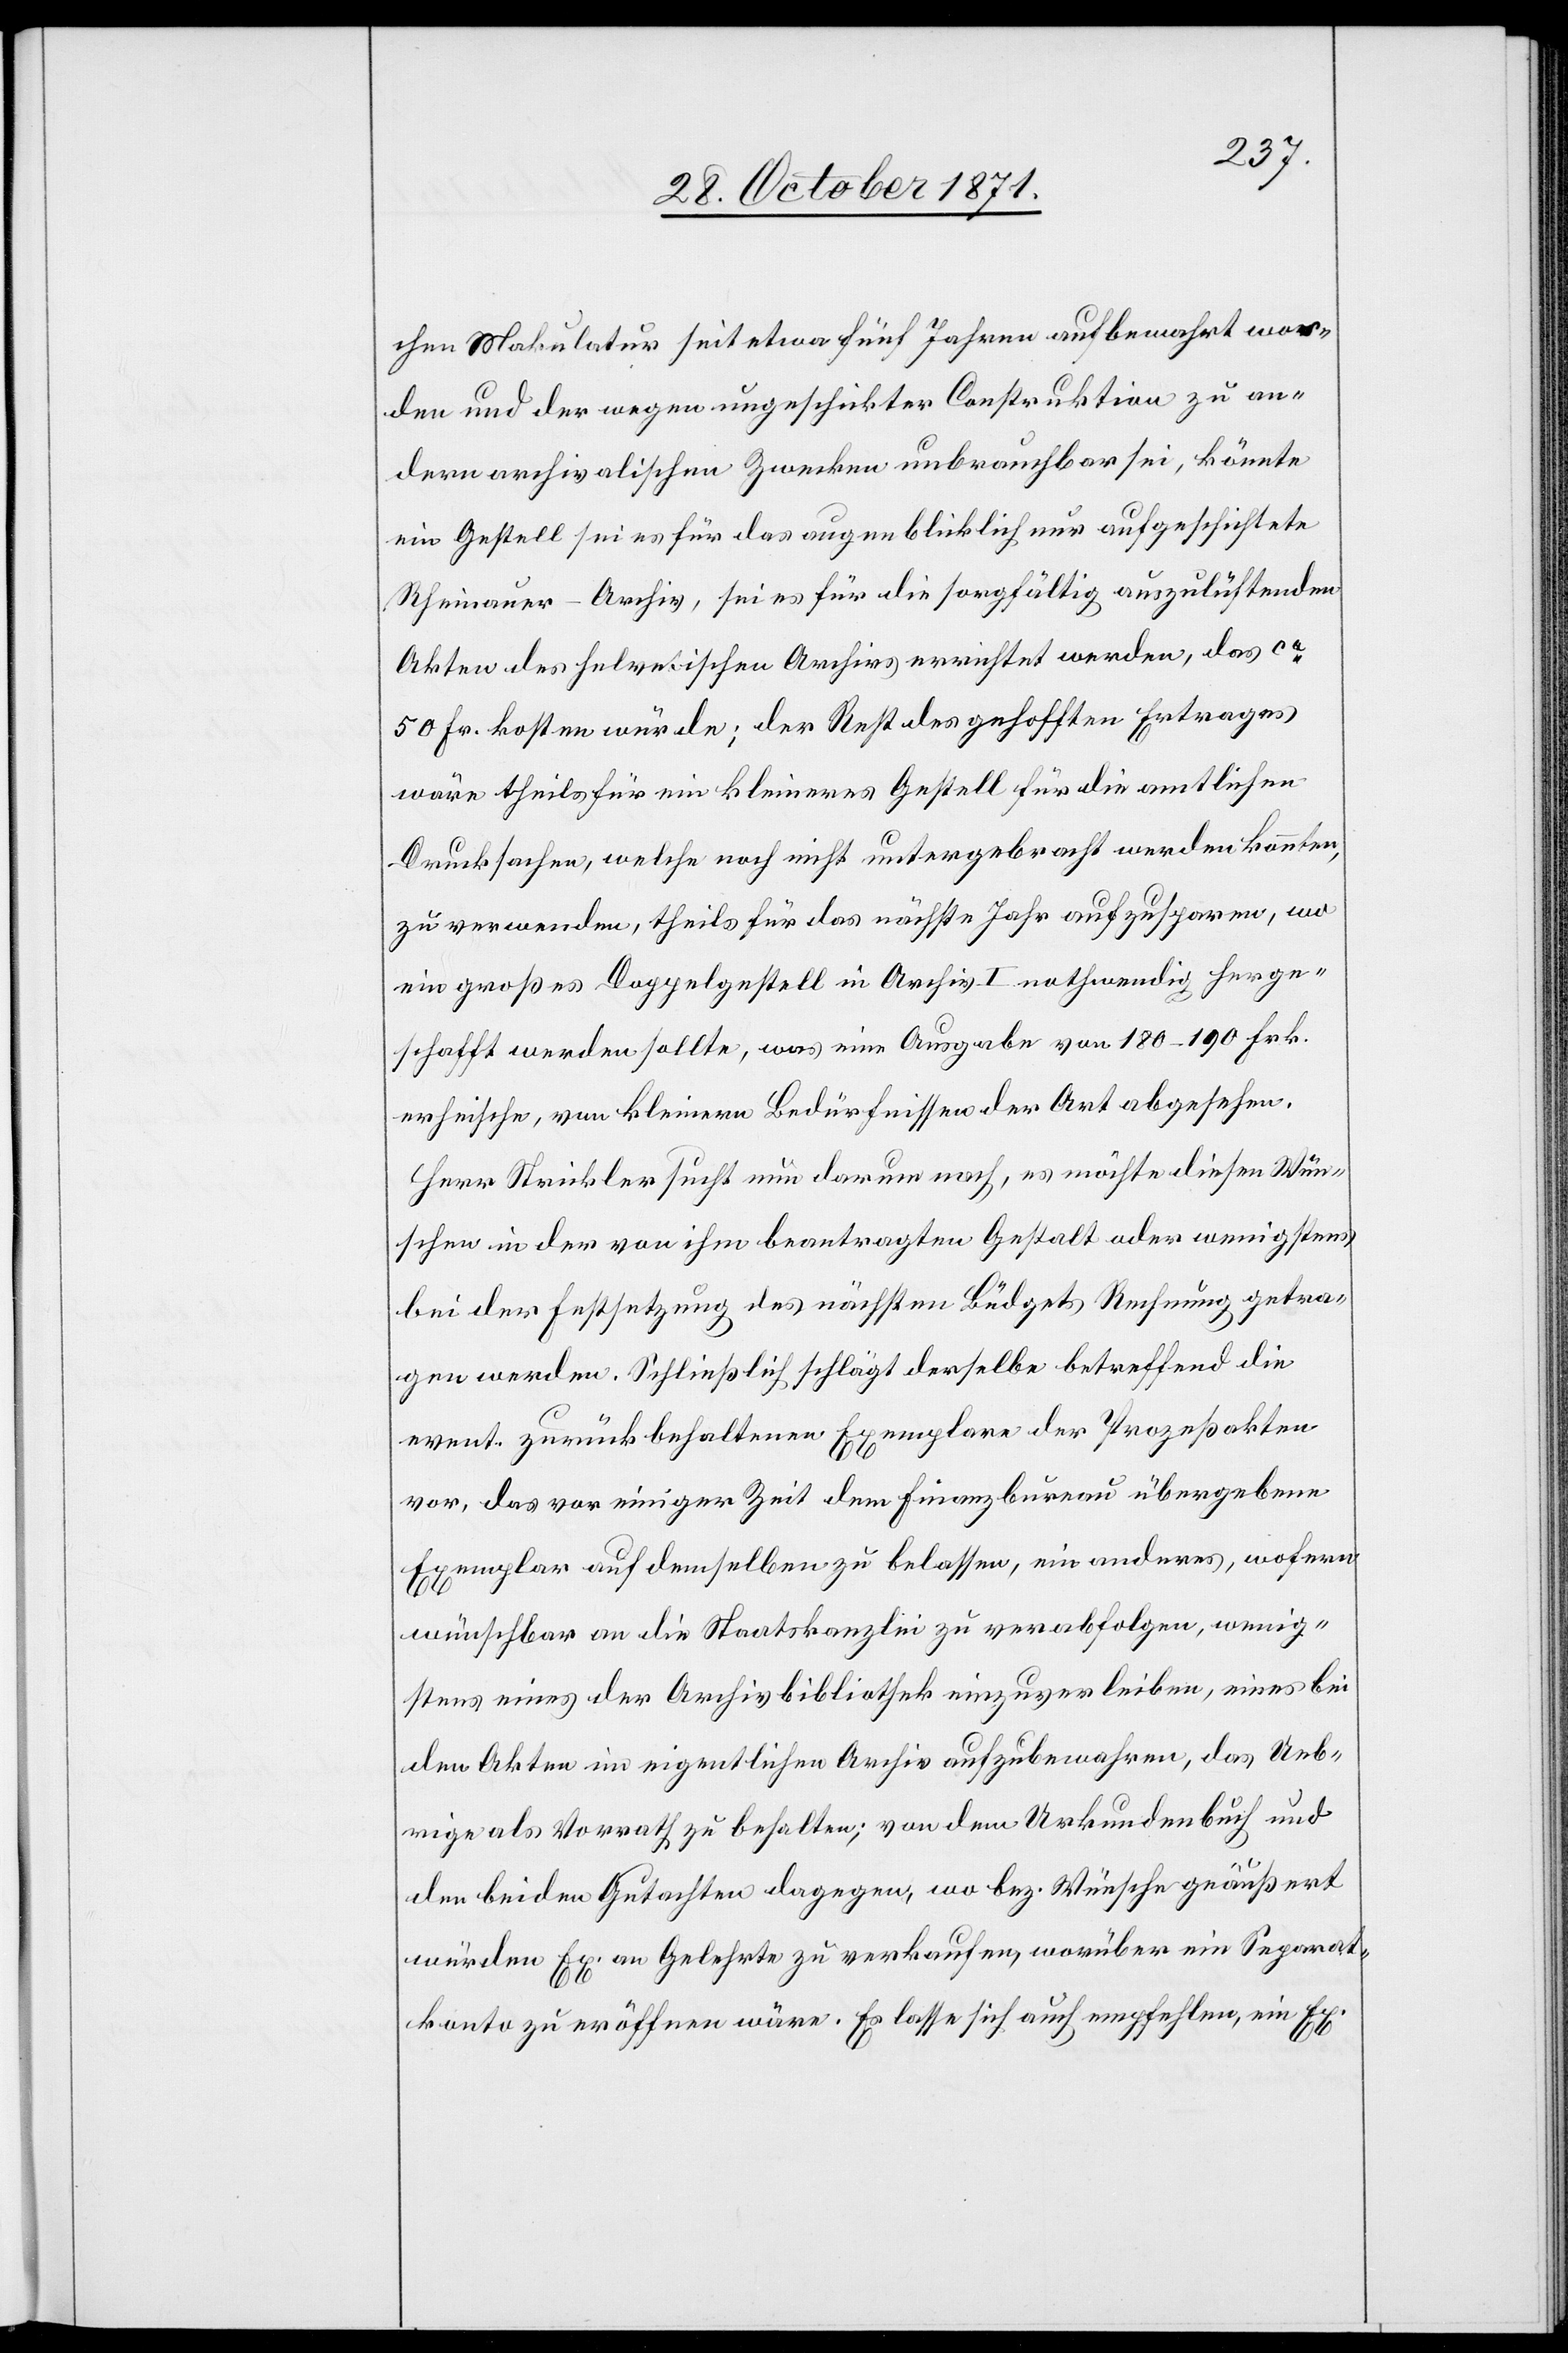
chen Makulatur seit fünf Jahren aufbewahrt wor¬
den und der wegen ungeschickter Construktion zu an¬
dern archivalischen Zwecken unbrauchbar sei, könnte
ein Gestell, sei es für das augenblicklich nur aufgeschichtete
Rheinauer-Archiv, sei es für die sorgfältig auszulüftenden
Akten des helvetischen Archivs errichtet werden, das ca
50 Fr. kosten würde; der Rest des gehofften Ertrages
wäre theils für ein kleineres Gestell für die amtlichen
Drucksachen, welche noch nicht untergebracht werden konnten,
zu verwenden, theils für das nächste Jahr aufzusparen, wo
ein großes Doppelgestell in Archiv I nothwendig herge¬
schafft werden sollte, was eine Ausgabe von 180–190 Frk.
erheische, von kleinern Bedürfnissen der Art abgesehen.
Herr Strickler sucht nun darum nach, es möchte diesen Wün¬
schen in der von ihm beantragten Gestalt oder wenigstens
bei der Festsetzung des nächsten Büdgets Rechnung getra¬
gen werden. Schließlich schlägt derselbe betreffend die
event. zurückbehaltenen Exemplare der Prozessakten
vor, das vor einiger Zeit dem Finanzbureau übergebene
Exemplar auf demselben zu belassen, ein anderes, wofern
wünschbar an die Staatskanzlei zu verabfolgen, wenig¬
stens eines der Archivbibliothek einzuverleiben, eines bei
den Akten im eigentlichen Archiv aufzubewahren, das Ueb¬
rige als Vorrath zu behalten; von dem Urkundenbuch und
den beiden Gutachten dagegen, wo bez. Wünsche geäußert
würden Ex. an Gelehrte zu verkaufen, worüber ein Separat¬
konto zu eröffnen wäre. Es lasse sich auch empfehlen, ein Ex.